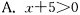
A.x+5>0